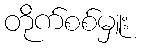
တိုက်စစ်မှူး